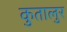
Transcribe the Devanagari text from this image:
कुतालुर